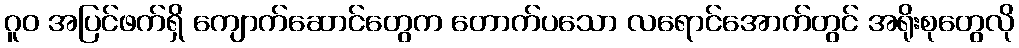
ဂူဝ အပြင်ဖက်ရှိ ကျောက်ဆောင်တွေက တောက်ပသော လရောင်အောက်တွင် အရိုးစုတွေလို